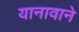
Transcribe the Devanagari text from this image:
यानावाने